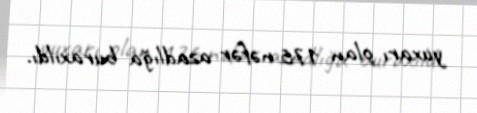
yuxarı olan 176 nəfər azadlığa buraxıldı.